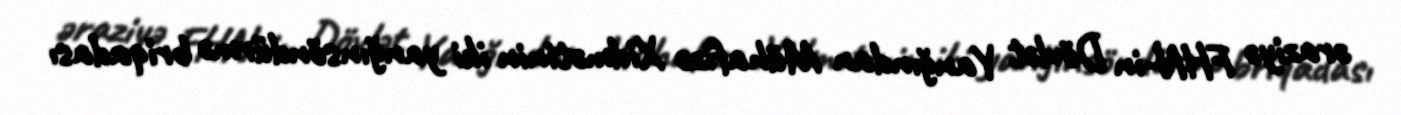
əraziyə FHN-in Dövlət Yanğından Mühafizə Xidmətinin iki yanğınsöndürmə briqadası